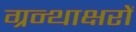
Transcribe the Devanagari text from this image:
ग्रन्थाक्षरों